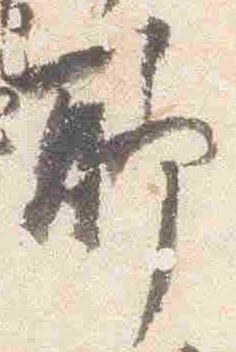
聊